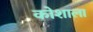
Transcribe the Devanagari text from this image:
कोशाला